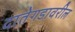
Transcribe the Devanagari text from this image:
दातेगडावरील